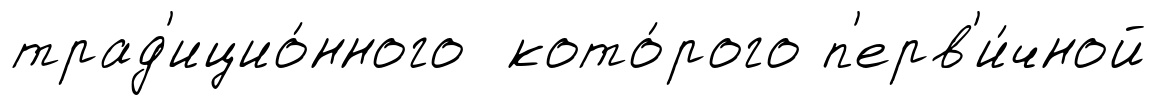
трад'ицио́нного кото́рого п'ерв'и́чной